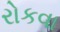
રોકવા